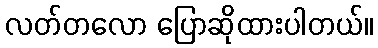
လတ်တလော ပြောဆိုထားပါတယ်။